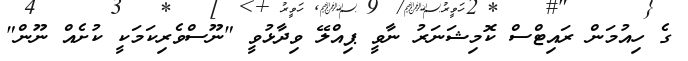
ގެ ހިއުމަން ރައިޓްސް ކޮމިޝަނަރު ނާވީ ޕިއްލޭ ވިދާޅުވީ "ނޫސްވެރިކަމަކީ ކުށެއް ނޫން"